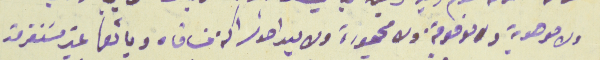
ولا موهوبة ولا موقوفة ولا محجوزة ولا بيد احد شراكة مسَاقاه وبائعها غير مسَتغرمة